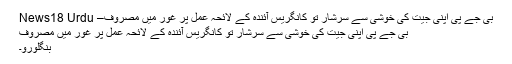
بی جے پی اپنی جیت کی خوشی سے سرشار تو کانگریس آئندہ کے لائحہ عمل پر غور میں مصروف– News18 Urdu
بی جے پی اپنی جیت کی خوشی سے سرشار تو کانگریس آئندہ کے لائحہ عمل پر غور میں مصروف
بنگلورو۔